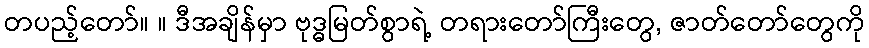
တပည့်တော်။ ။ ဒီအချိန်မှာ ဗုဒ္ဓမြတ်စွာရဲ့ တရားတော်ကြီးတွေ, ဇာတ်တော်တွေကို